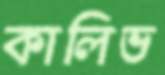
কালিভ